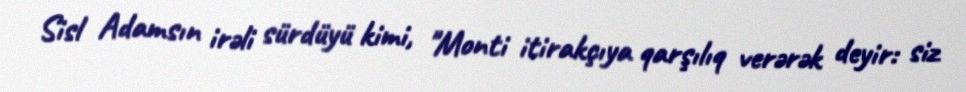
Sisl Adamsın irəli sürdüyü kimi, "Monti itirakçıya qarşılıq verərək deyir: siz